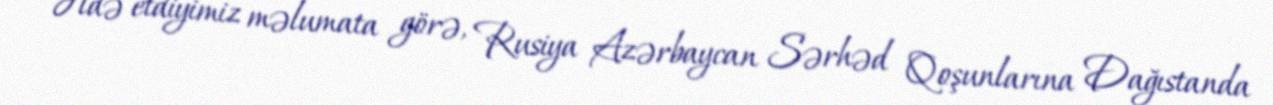
Əldə etdiyimiz məlumata görə, Rusiya Azərbaycan Sərhəd Qoşunlarına Dağıstanda